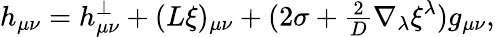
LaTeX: h_{\mu\nu}=h_{\mu\nu}^{\perp}+(L\xi)_{\mu\nu}+(2\sigma+{\textstyle{\frac{2}{D}}}\nabla_{\lambda}\xi^{\lambda})g_{\mu\nu},